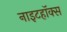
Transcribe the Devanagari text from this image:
नाइटहॉक्स